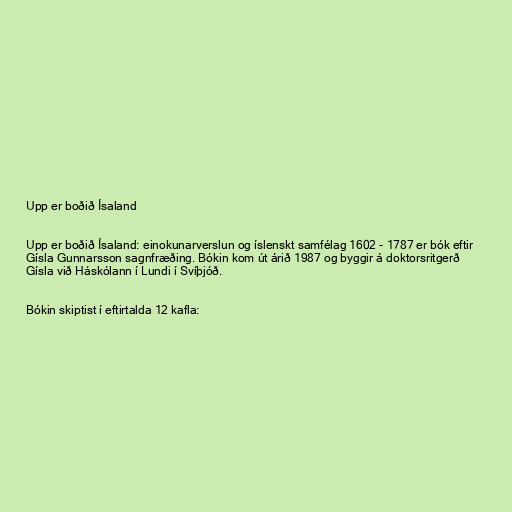
Upp er boðið Ísaland

Upp er boðið Ísaland: einokunarverslun og íslenskt samfélag 1602 - 1787 er bók eftir
Gísla Gunnarsson sagnfræðing. Bókin kom út árið 1987 og byggir á doktorsritgerð
Gísla við Háskólann í Lundi í Svíþjóð.

Bókin skiptist í eftirtalda 12 kafla: